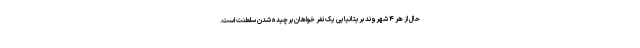
حال از هر ۴ شهروند بریتانیایی یک نفر خواهان برچیده شدن سلطنت است.